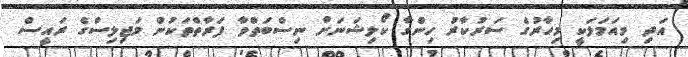
އަދި މިއަމަލަކީ މިހާރުގެ ސަރުކާރު ހިންގާ ކޯލިޝަނަށް ނިސްބަތްވާ ފަރާތްތަކުން މަޖިލިސްގެ ރައީސް